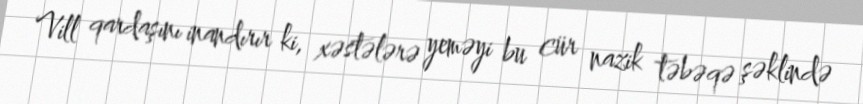
Vill qardaşını inandırır ki, xəstələrə yeməyi bu cür nazik təbəqə şəklində